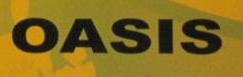
oasis